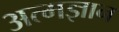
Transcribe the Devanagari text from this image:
अत्मज्ञान